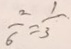
\frac { 2 } { 6 } = \frac { 1 } { 3 }